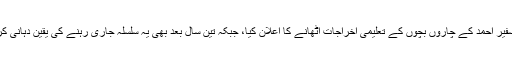
مارننگ شو میں ہی سفیر احمد کیلئے دو اہم اعلان کئے گئے، میجی پاکستان نے تین سال کیلئے سفیر احمد کے چاروں بچوں کے تعلیمی اخراجات اٹھانے کا اعلان کیا، جبکہ تین سال بعد بھی یہ سلسلہ جاری رہنے کی یقین دہانی کرائی گئی، گورنر سندھ عمران اسماعیل نے سفیر احمد کیلئے ایک لاکھ روپے دینے کا اعلان کیا۔